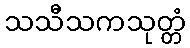
သသီသကသုတ္တံ